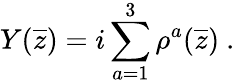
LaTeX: Y(\overline{{{z}}})=i\sum_{a=1}^{3}\rho^{a}(\overline{{{z}}})~.